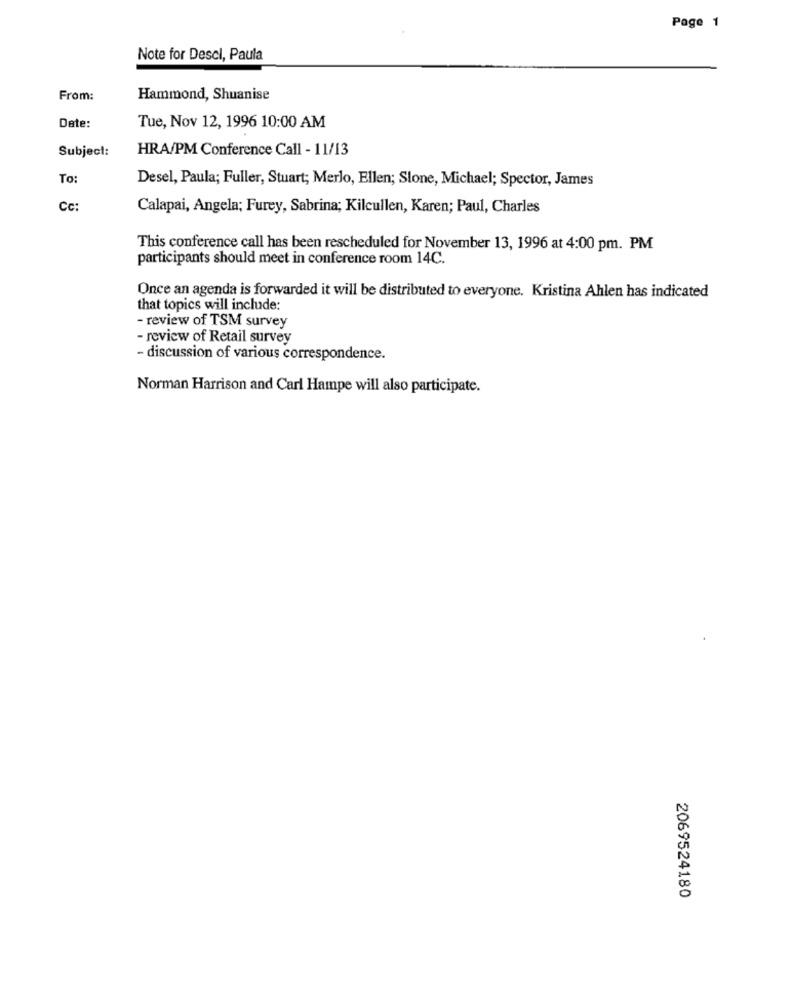
Page 1
Note for Descl, Paula
From:
Hammond, Shuanise
Date:
Tue, Nov 12, 1996 10:00 AM
Subject:
HRA/PM Conference Call - 11/13
To:
Desel, Paula; Fuller, Stuart; Merlo, Ellen; Slone, Michael; Spector, James
Cc:
Calapai, Angela; Furey, Sabrina; Kilcullen, Karen; Paul, Charles
This conference call has been rescheduled for November 13, 1996 at 4:00 pm. PM
participants should meet in conference room 14C.
Once an agenda is forwarded it will be distributed to everyone. Kristina Ahlen has indicated
that topics will include:
- review of TSM survey
- review of Retail survey
- discussion of various correspondence.
Norman Harrison and Carl Hampe will also participate.
2069524180